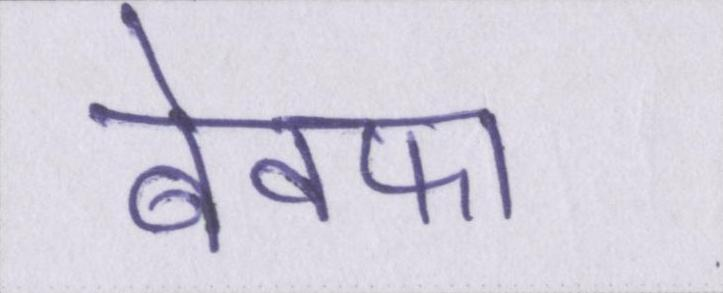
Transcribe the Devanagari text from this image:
बेवफा